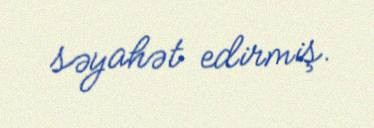
səyahət edirmiş.